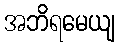
အဘိရမေယျ